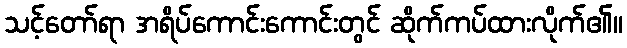
သင့်တော်ရာ အရိပ်ကောင်းကောင်းတွင် ဆိုက်ကပ်ထားလိုက်၏။